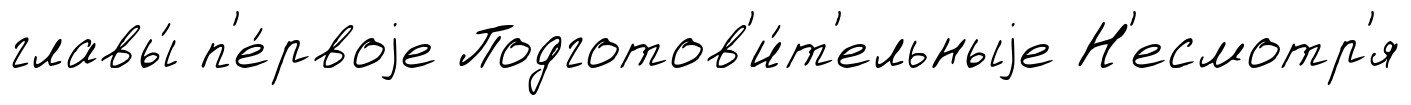
главы́ п'е́рвоjе Подготов'и́т'ельныjе Н'есмотр'я